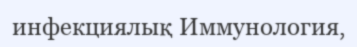
инфекциялық Иммунология,